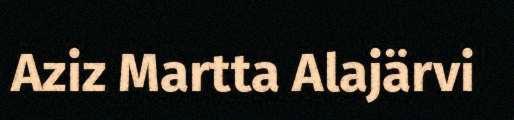
Aziz Martta Alajärvi